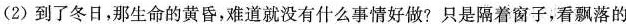
(2)到了冬日，那生命的黄昏，难道就没有什么事情好做?只是隔着窗子，看飘落的